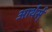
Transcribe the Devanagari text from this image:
आर्थर्स्